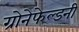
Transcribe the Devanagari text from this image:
ग्रोनेफेल्डनी